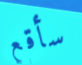
سأقع